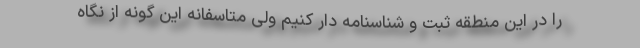
را در این منطقه ثبت و شناسنامه دار کنیم ولی متاسفانه این گونه از نگاه